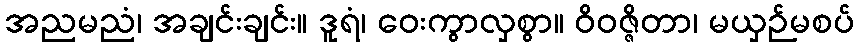
အညမညံ၊ အချင်းချင်း။ ဒူရံ၊ ဝေးကွာလှစွာ။ ဝိဝဇ္ဇိတာ၊ မယှဉ်မစပ်